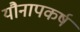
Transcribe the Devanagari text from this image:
यौनापकर्ष